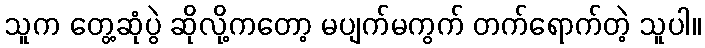
သူက တွေ့ဆုံပွဲ ဆိုလို့ကတော့ မပျက်မကွက် တက်ရောက်တဲ့ သူပါ။